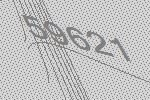
59621